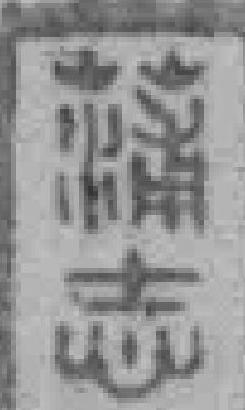
*志